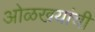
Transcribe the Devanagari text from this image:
ओळखयांची